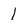
Character: 1